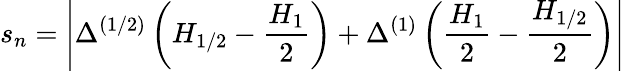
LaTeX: s_{n}=\left|\Delta^{(1/2)}\left(H_{1/2}-\frac{H_{1}}{2}\right)+\Delta^{(1)}\left(\frac{H_{1}}{2}-\frac{H_{1/2}}{2}\right)\right|